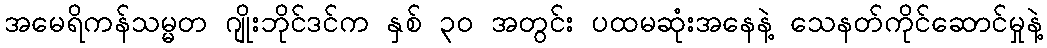
အမေရိကန်သမ္မတ ဂျိုးဘိုင်ဒင်က နှစ် ၃၀ အတွင်း ပထမဆုံးအနေနဲ့ သေနတ်ကိုင်ဆောင်မှုနဲ့